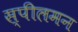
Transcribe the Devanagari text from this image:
स्पीलमन